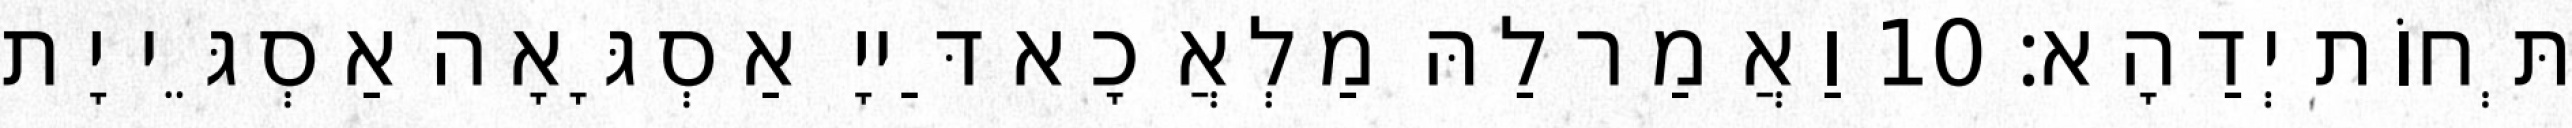
תְּחוֹת יְדַהָא׃ 10 וַאֲמַר לַהּ מַלְאֲכָא דַּייָ אַסְגָּאָה אַסְגֵּי יָת